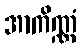
အာကိဏ္ဏံ